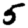
Digit: 5